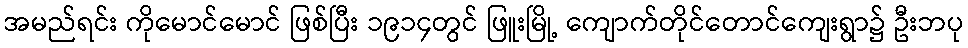
အမည်ရင်း ကိုမောင်မောင် ဖြစ်ပြီး ၁၉၁၄တွင် ဖြူးမြို့ ကျောက်တိုင်တောင်ကျေးရွာ၌ ဦးဘပု